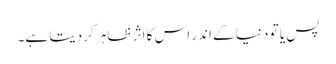
پس یا تو دنیا کے اندر اس کا اثر ظاہر کردیتا ہے۔